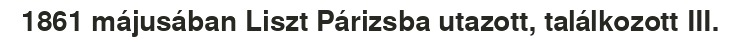
1861 májusában Liszt Párizsba utazott, találkozott III.